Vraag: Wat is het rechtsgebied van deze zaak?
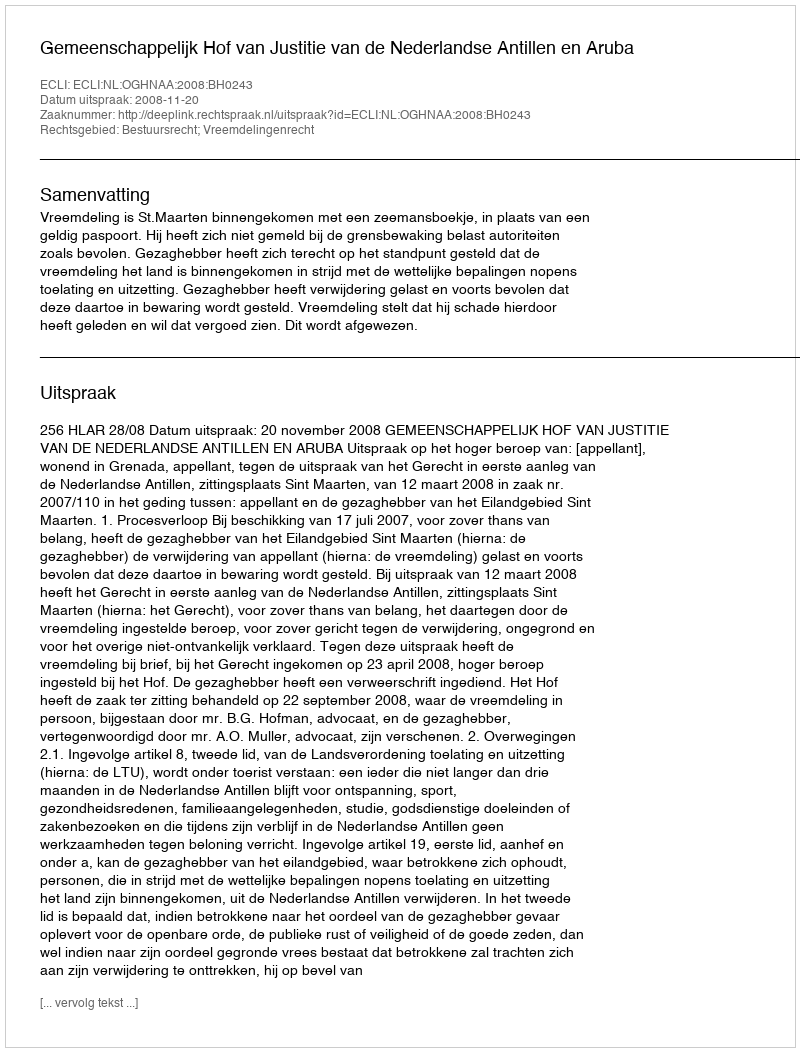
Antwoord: Bestuursrecht; Vreemdelingenrecht